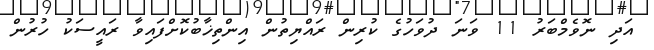
އަދި ނޮވެމްބަރު 11 ވަނަ ދުވަހުގެ ކުރިން ރައްޔިތުން އިންތިޚާބުކޮށްފައިވާ ރައީސަކު ހުރުން